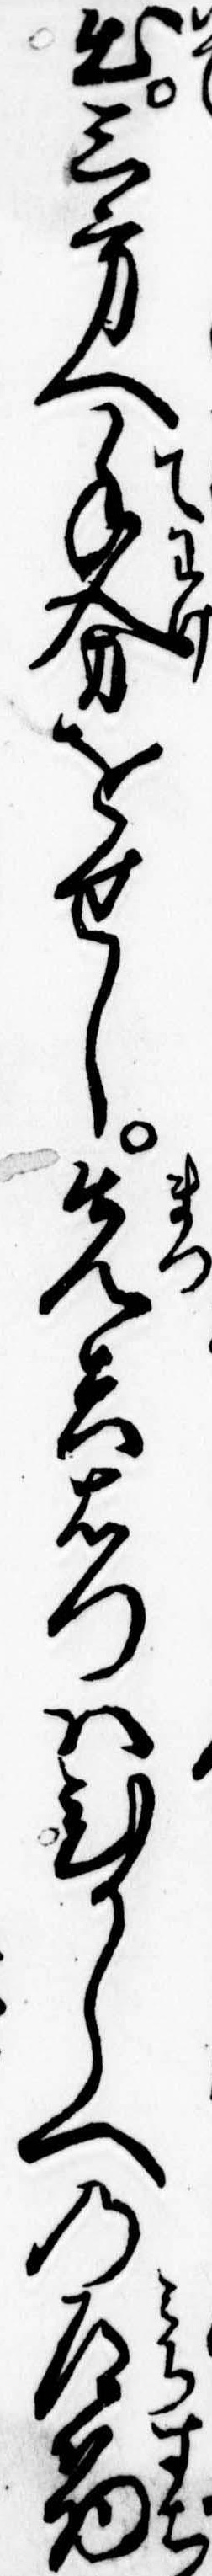
出三方へ手分をせし先兵右門はひがしへの路筋